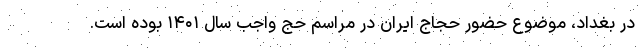
در بغداد، موضوع حضور حجاج ایران در مراسم حج واجب سال ۱۴۰۱ بوده است.